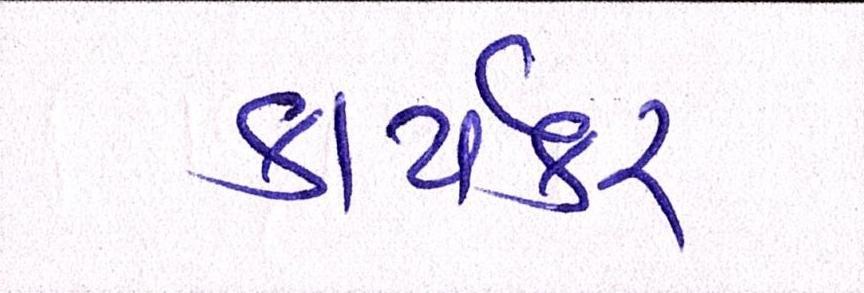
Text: કાર્યકર